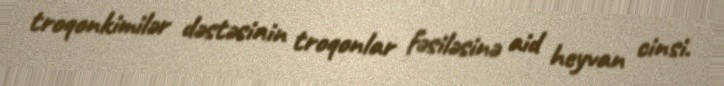
troqonkimilər dəstəsinin troqonlar fəsiləsinə aid heyvan cinsi.